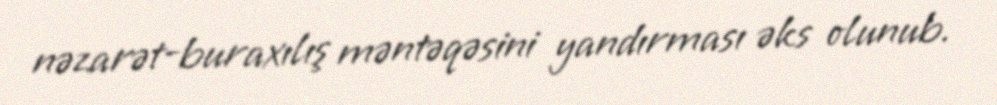
nəzarət-buraxılış məntəqəsini yandırması əks olunub.